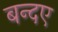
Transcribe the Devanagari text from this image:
बन्दए